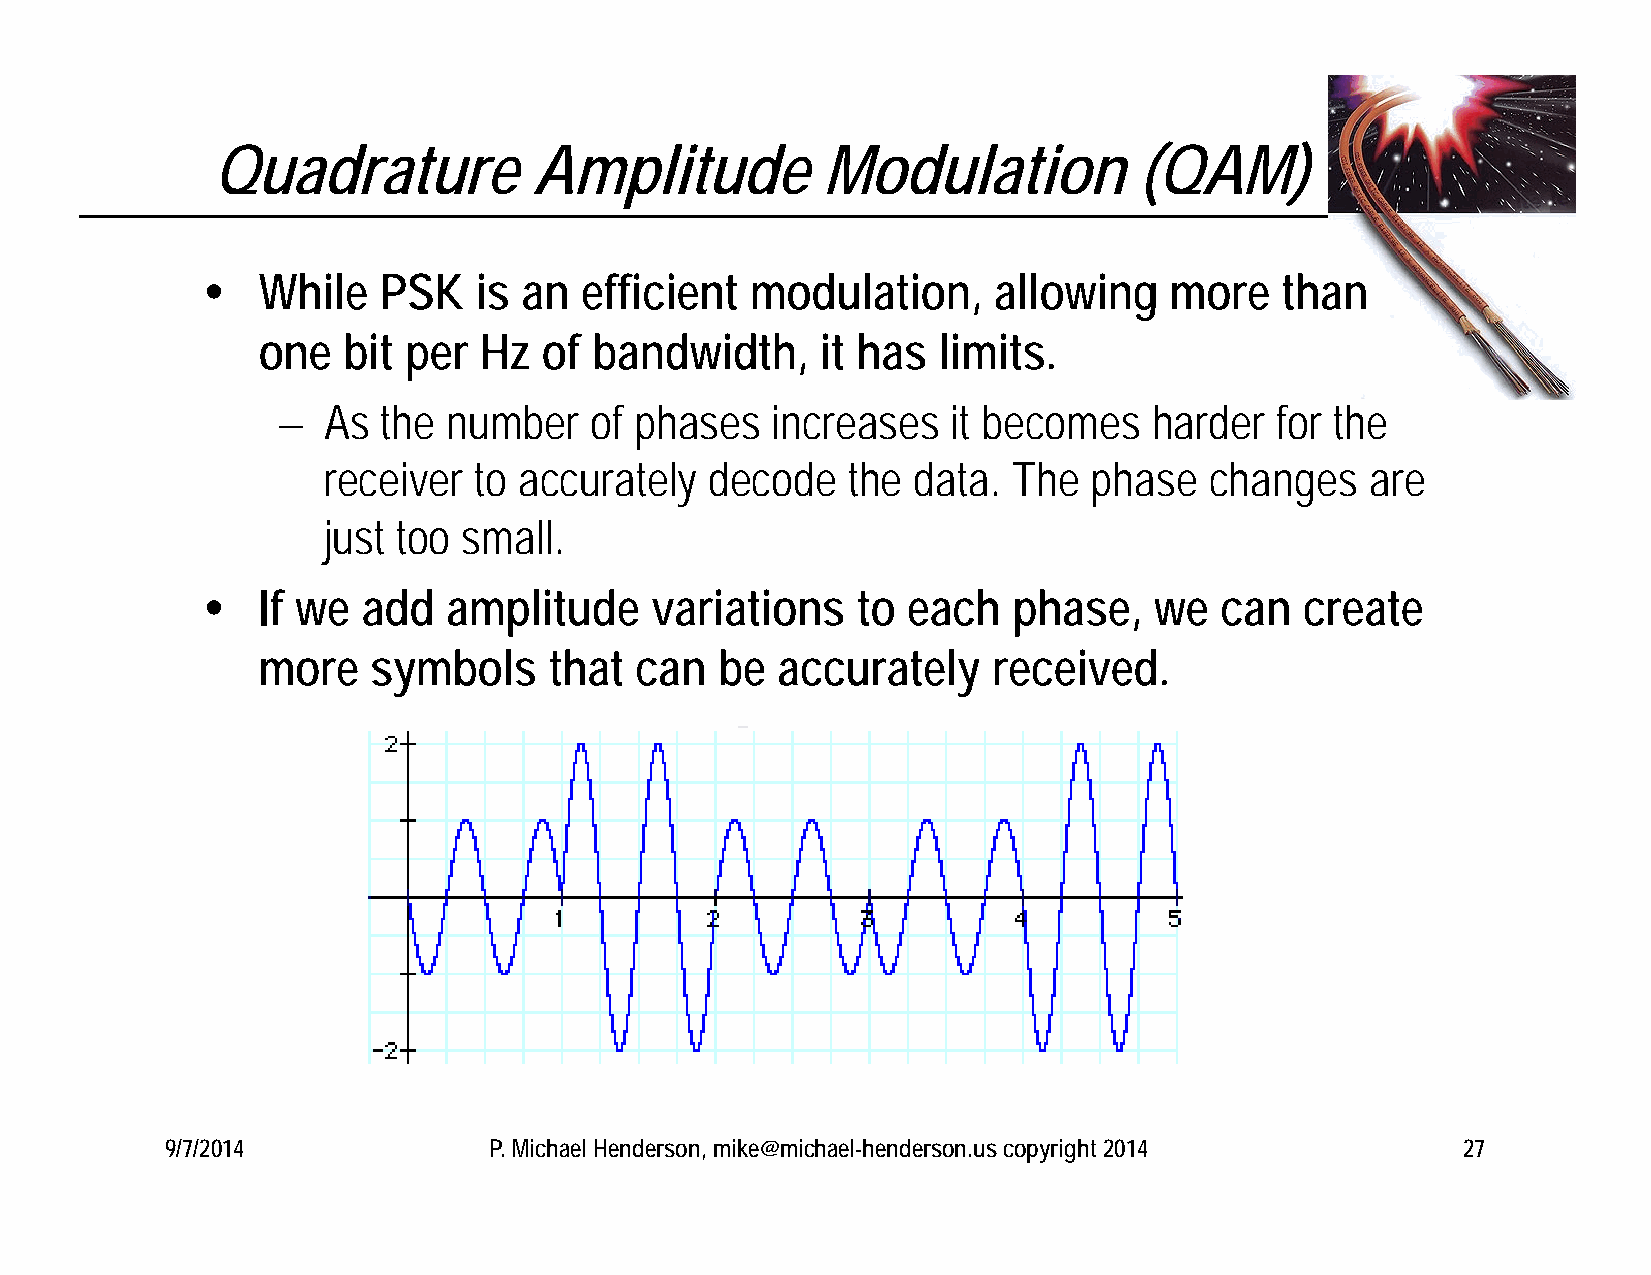
Quadrature           Amplitude          Modulation           (QAM)
    While   PSK   is  an efficient   modulation,     allowing   more    than
 one   bit per  Hz  of bandwidth,     it has  limits.
   As  the  number   of phases   increases   it becomes   harder  for the
 receiver  to accurately   decode   the data.  The  phase   changes    are
 just too  small.
    If we  add   amplitude    variations    to each   phase,   we   can  create
 more    symbols    that  can   be accurately     received.
 9/7/2014             P. Michael Henderson, mike@michael-henderson.us copyright 2014   27